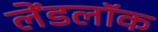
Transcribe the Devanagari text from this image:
लेंडलॉक